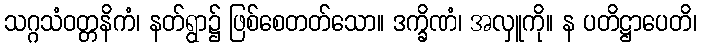
သဂ္ဂသံဝတ္တနိကံ၊ နတ်ရွာ၌ ဖြစ်စေတတ်သော။ ဒက္ခိဏံ၊ အလှူကို။ န ပတိဋ္ဌာပေတိ၊